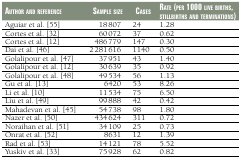
<table><thead><tr><td><b>Author and reference</b></td><td><b>Sample size</b></td><td><b>Cases</b></td><td><b>Rate (per 1000 live births, stillbirths and terminations)</b></td></tr></thead><tbody><tr><td>Aguiar et al. [55]</td><td>18 807</td><td>24</td><td>1.28</td></tr><tr><td>Cortes et al. [32]</td><td>60 072</td><td>37</td><td>0.62</td></tr><tr><td>Cortes et al. [12]</td><td>486 779</td><td>147</td><td>0.30</td></tr><tr><td>Dai et al. [46]</td><td>2 281 616</td><td>1140</td><td>0.50</td></tr><tr><td>Golalipour et al. [47]</td><td>37 951</td><td>43</td><td>1.40</td></tr><tr><td>Golalipour et al. [12]</td><td>30 639</td><td>35</td><td>0.92</td></tr><tr><td>Golalipour et al. [48]</td><td>49 534</td><td>56</td><td>1.13</td></tr><tr><td>Gu et al. [13]</td><td>6420</td><td>53</td><td>8.26</td></tr><tr><td>Li et al. [10]</td><td>11 534</td><td>75</td><td>6.50</td></tr><tr><td>Liu et al. [49]</td><td>99 888</td><td>42</td><td>0.42</td></tr><tr><td>Mahadevan et al. [45]</td><td>54 738</td><td>98</td><td>1.80</td></tr><tr><td>Nazer et al. [50]</td><td>434 624</td><td>311</td><td>0.72</td></tr><tr><td>Noraihan et al. [51]</td><td>34 109</td><td>25</td><td>0.73</td></tr><tr><td>Onrat et al. [52]</td><td>8631</td><td>12</td><td>1.39</td></tr><tr><td>Rad et al. [53]</td><td>14 121</td><td>78</td><td>5.52</td></tr><tr><td>Yuskiv et al. [33]</td><td>75 928</td><td>62</td><td>0.82</td></tr></tbody></table>